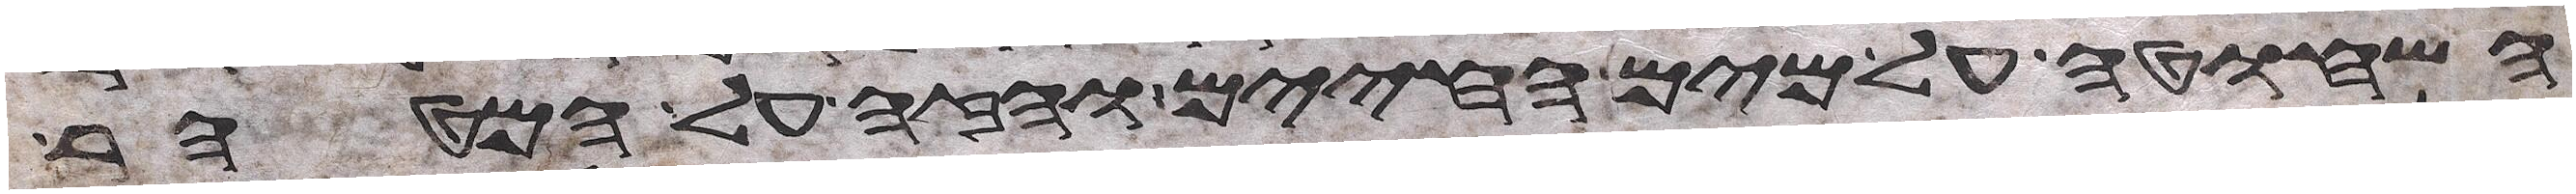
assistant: השחוטה על מים החיים והזה על המטהר